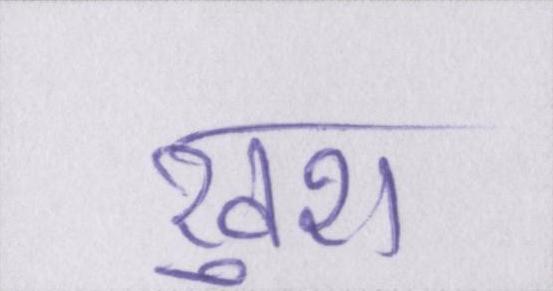
खुश